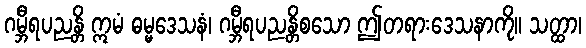
ဂမ္ဘီရပညန္တိ ဣမံ ဓမ္မဒေသနံ၊ ဂမ္ဘီရပညန္တိစသော ဤတရားဒေသနာကို။ သတ္ထာ၊